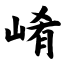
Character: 崤